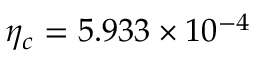
\eta _ { c } = 5 . 9 3 3 \times 1 0 ^ { - 4 }